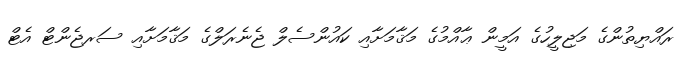
ރައްޔިތުންގެ މަޖިލީހުގެ އަމީން ޢާއްމުގެ މަޤާމަށާއި ކައުންސެލް ޖެނެރަލްގެ މަޤާމަށާއި ސަރޖެންޓް އެޓް